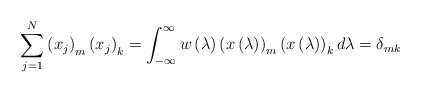
\begin{align*}\sum_{j=1}^{N}\left( x_{j}\right) _{m}\left( x_{j}\right) _{k}=\int_{-\infty}^{\infty}w\left( \lambda\right) \left( x\left(\lambda\right) \right) _{m}\left( x\left( \lambda\right) \right)_{k}d\lambda=\delta_{mk} \end{align*}